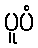
ပူပံ